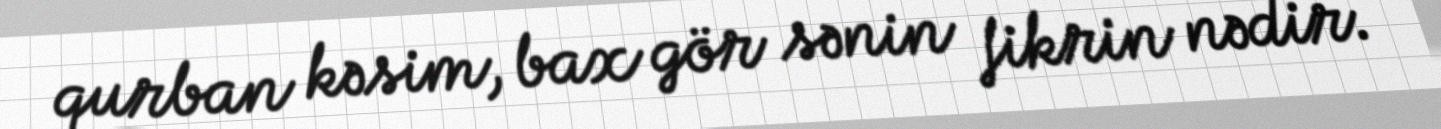
qurban kəsim, bax gör sənin fikrin nədir.